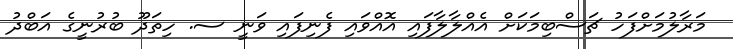
މަރާލުމަށްފަހު ޗަސްބިމަކަށް އެއްލާލާފައި އޮއްވައި ފެނިފައި ވަނީ ސ. ހިތަދޫ ބުރުނީގެ އަބްދު